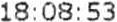
18:08:53